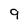
Character: 9